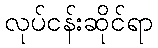
လုပ်ငန်းဆိုင်ရာ